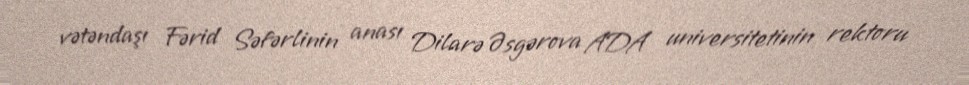
vətəndaşı Fərid Səfərlinin anası Dilarə Əsgərova ADA universitetinin rektoru